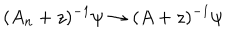
( A _ { n } + z ) ^ { - 1 } \psi \rightarrow ( A + z ) ^ { - 1 } \psi